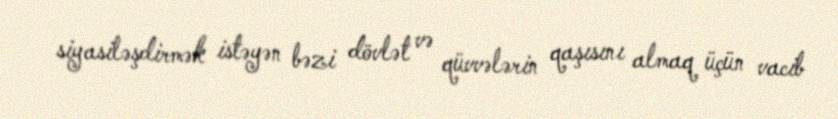
siyasiləşdirmək istəyən bəzi dövlət və qüvvələrin qaşısını almaq üçün vacib